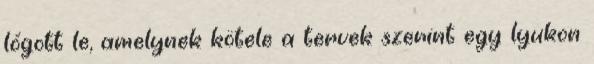
lógott le, amelynek kötele a tervek szerint egy lyukon